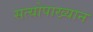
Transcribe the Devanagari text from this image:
सत्योपाख्यान